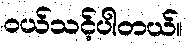
၀ယ်သင့်ပါတယ်။